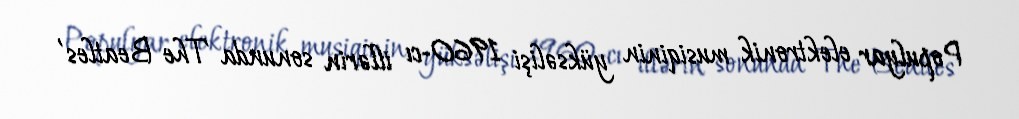
Populyar elektronik musiqinin yüksəlişi 1960-cı illərin sonunda 'The Beatles'